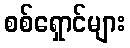
စစ်ရှောင်များ